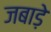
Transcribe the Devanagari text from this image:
जबाड़े